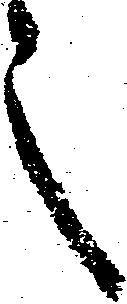
之